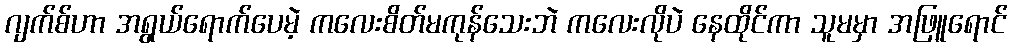
ဂျက်စ်ဟာ အရွယ်ရောက်ပေမဲ့ ကလေးစိတ်မကုန်သေးဘဲ ကလေးလိုပဲ နေထိုင်ကာ သူမမှာ အဖြူရောင်